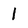
Character: 1